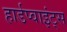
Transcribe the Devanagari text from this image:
हार्डप्वाइंट्स